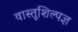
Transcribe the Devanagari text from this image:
वास्तूशिल्पज्ञ